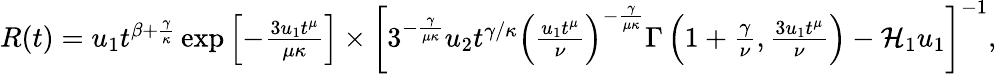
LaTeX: \begin{array}{r}{R(t)=u_{1}t^{\beta+\frac{\gamma}{\kappa}}\exp\left[-\frac{3u_{1}t^{\mu}}{\mu\kappa}\right]\times\bigg[3^{-\frac{\gamma}{\mu\kappa}}u_{2}t^{\gamma/\kappa}\left(\frac{u_{1}t^{\mu}}{\nu}\right)^{-\frac{\gamma}{\mu\kappa}}\Gamma\left(1+\frac{\gamma}{\nu},\frac{3u_{1}t^{\mu}}{\nu}\right)-\mathcal{H}_{1}u_{1}\bigg]^{-1},}\end{array}